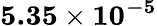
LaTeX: \mathbf{5.35\times 10^{-5}}